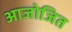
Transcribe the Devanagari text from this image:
आजोजित